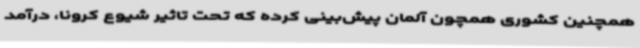
همچنین کشوری همچون آلمان پیش‌بینی کرده که تحت تاثیر شیوع کرونا، درآمد